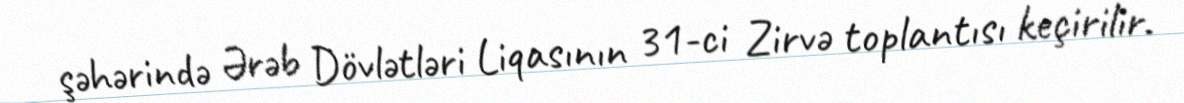
şəhərində Ərəb Dövlətləri Liqasının 31-ci Zirvə toplantısı keçirilir.